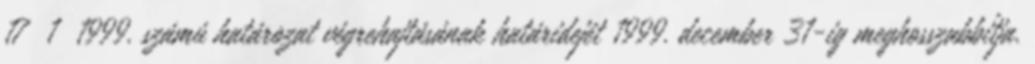
17 1 1999. számú határozat végrehajtásának határidejét 1999. december 31-ig meghosszabbítja.